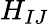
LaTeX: H_{IJ}